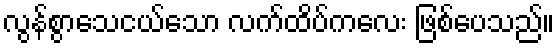
လွန်စွာသေငယ်သော လက်ထိပ်ကလေး ဖြစ်ပေသည်။